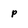
Character: p